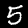
Digit: 5